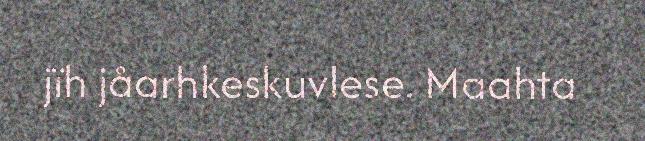
jïh jåarhkeskuvlese. Maahta